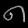
Digit: ၈